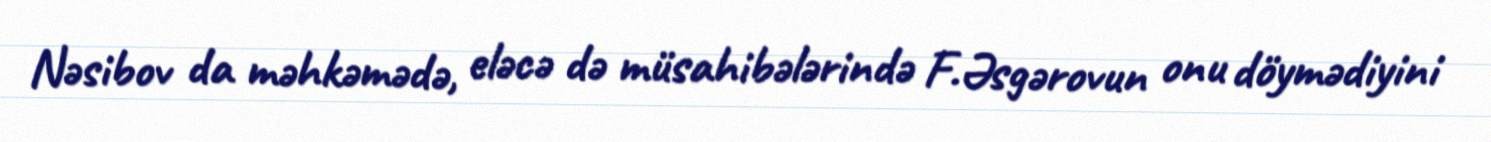
Nəsibov da məhkəmədə, eləcə də müsahibələrində F.Əsgərovun onu döymədiyini